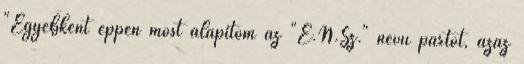
"Egyébként éppen most alapítom az "E.N.Sz." nevű pártot, azaz